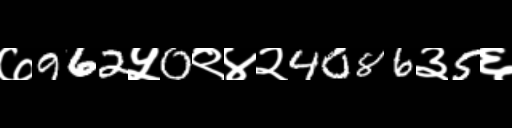
Text: ७962५0९४२4086३5६